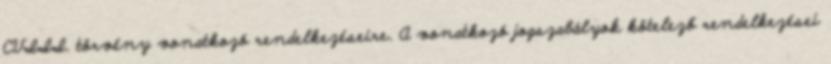
CVIII. törvény vonatkozó rendelkezéseire. A vonatkozó jogszabályok kötelező rendelkezései